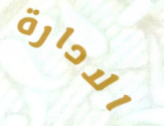
الادارة